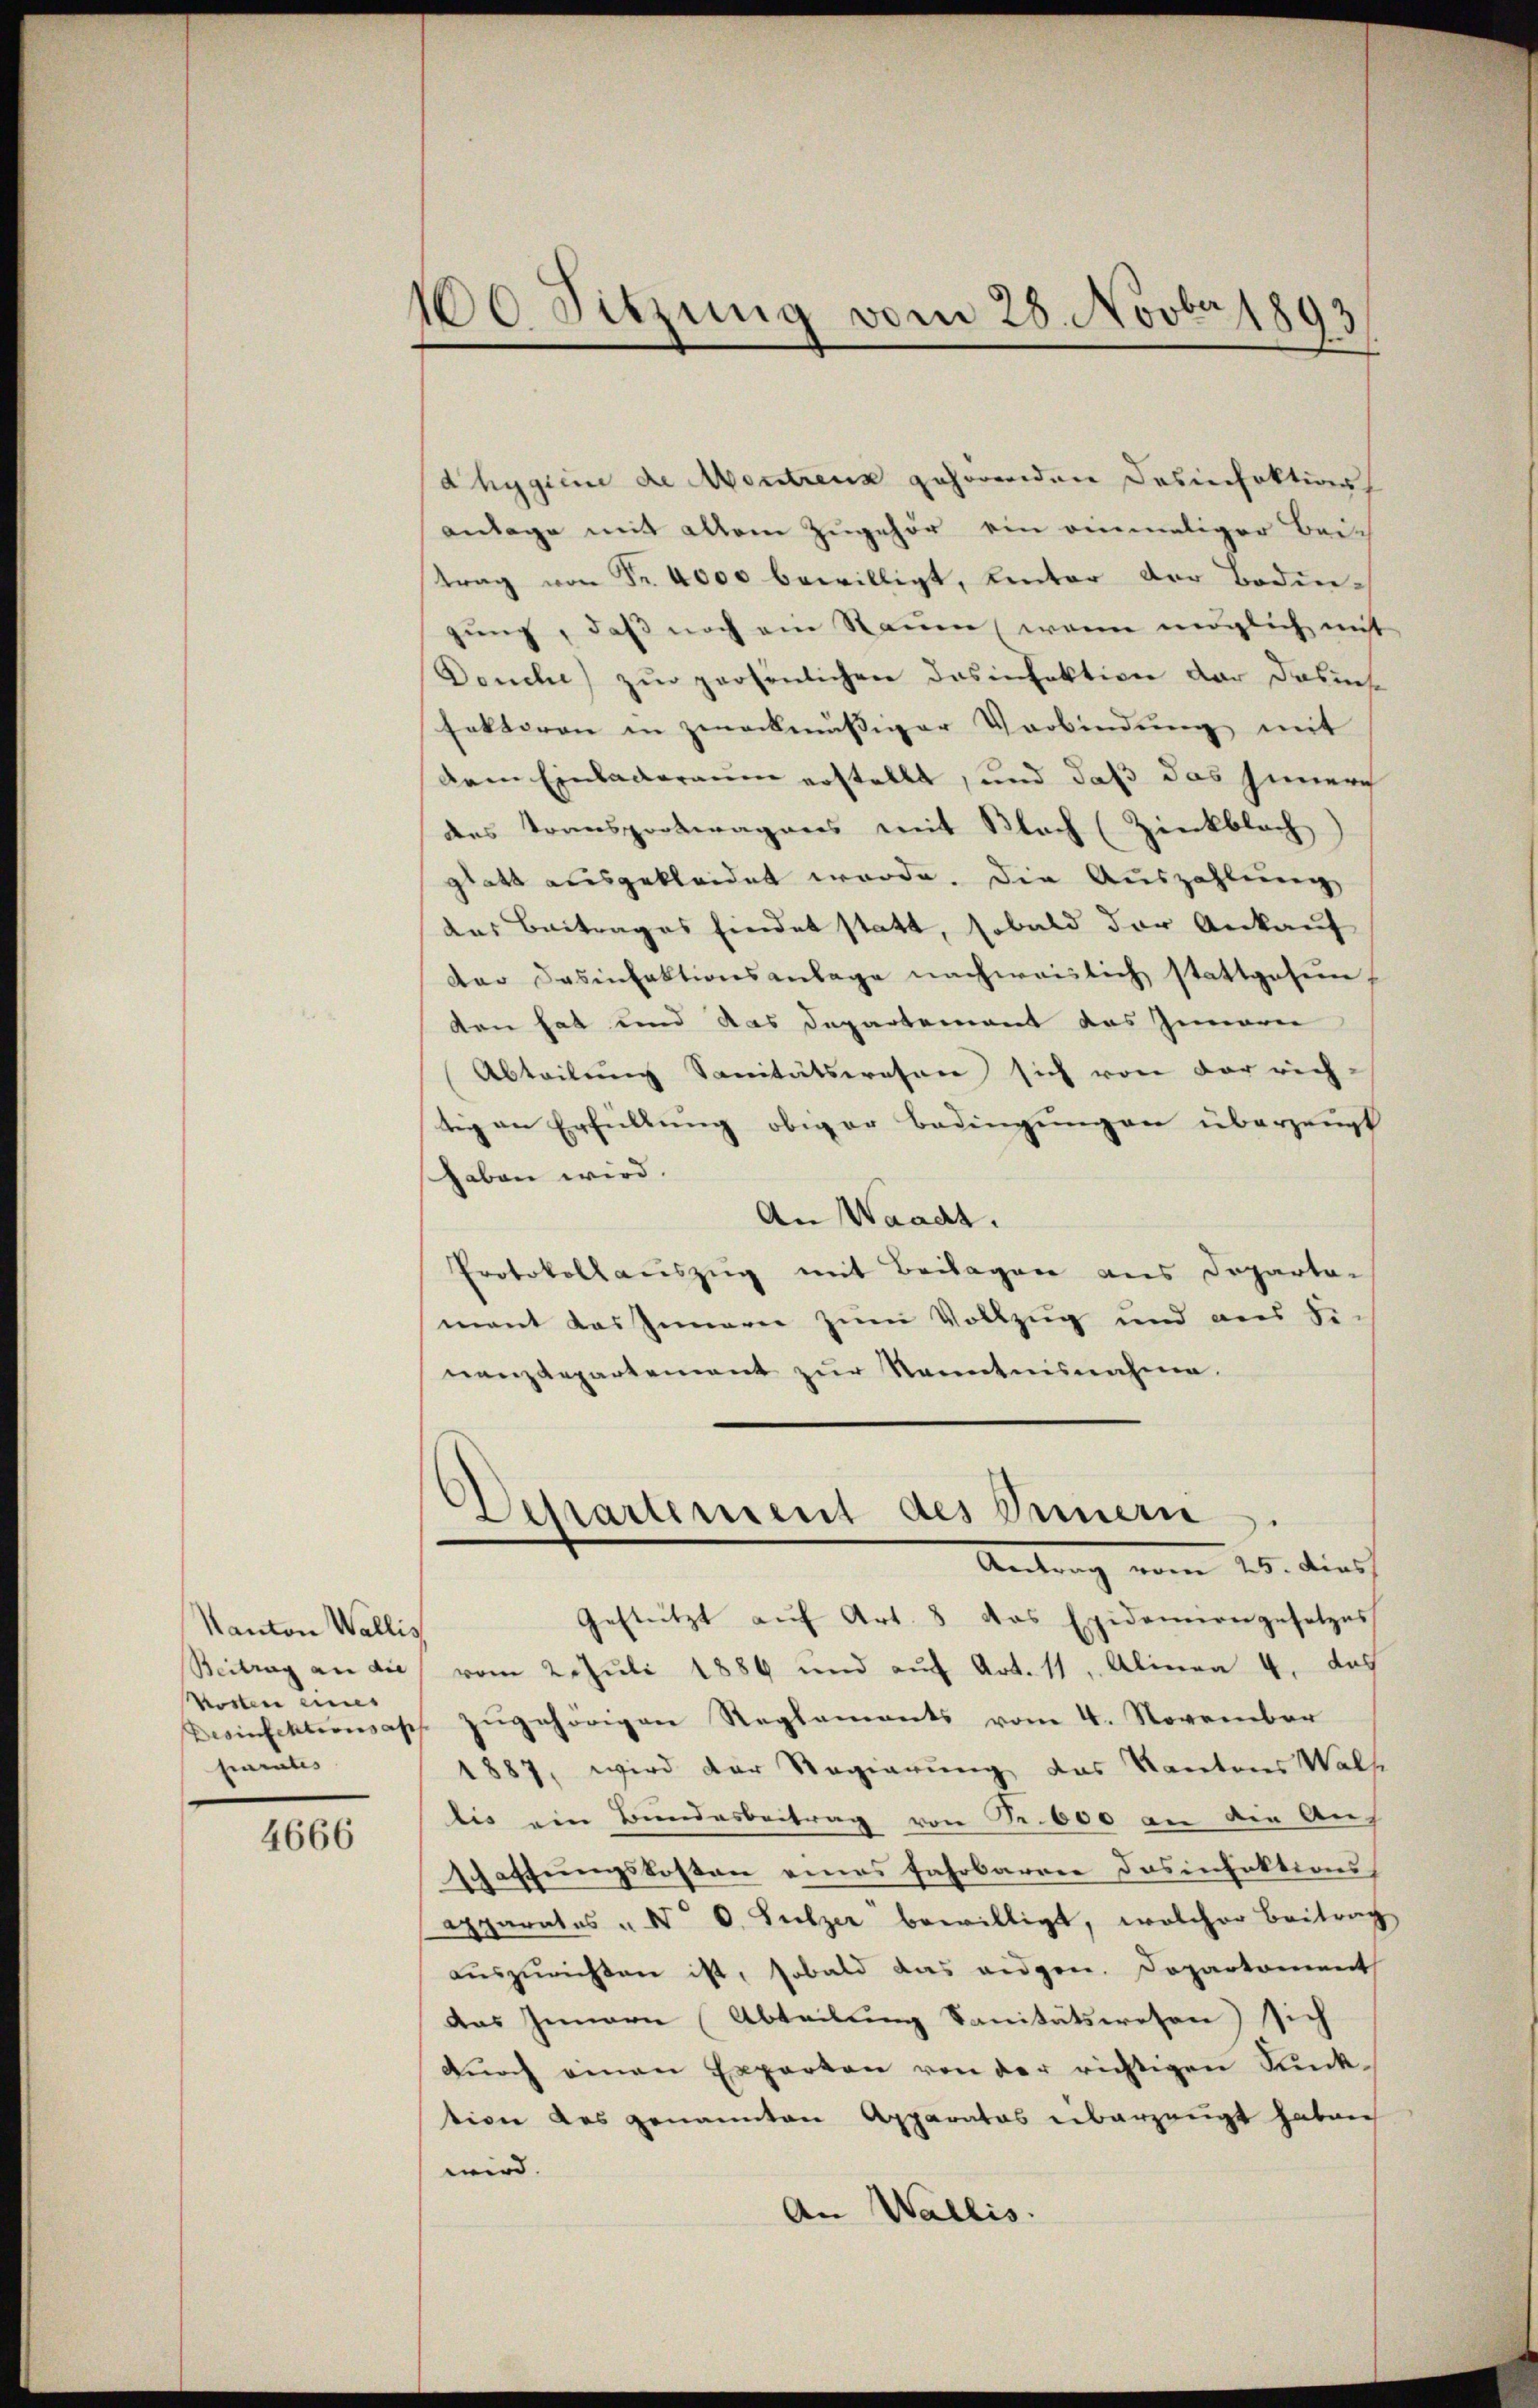
Kanton Wallis
Beitrag an die
Kosten eines
sinrates

4666

100. Sitzung vom 28. Novber 1893

dhygien de Montreuz gehörenden Desinfektions
anlage mit allem Zugehör ein einmaliger Bei-
trag von Fr. 4000 bewilligt, unter der Bodengung, daß noch ein Naum, wenn möglich mit
Deuche) zur persönlichen Dosinfektion der dasit
faktoren in zweckmäßiger Verbindung mit
dem Einladeraum erstellt, und daß das sinner
des Transportwagens mit Flach (Zinkblach
glatt ausgekleidet werde. Die Auszahlung
das Beitrages findet statt, sobald der Ankauf
dar Desinfektionsanlage nachweislich stattgesen,
ten hat und das Departement das Innern
Abteilung Sanitätswesen sich von der rich-
tig an Erfüllung obiger Bedingungen überzeugt
Gaben wird.
An Waadt.
Protokollauszug mit Beilagen aus Departemant das Innern zum Vollzug und aus Se-
nanzdepartement zur Kenntnisnahme.
Departement des Innern
Antrag vom 25. dies
Gestützt aŭf Art. 3 das Epidemiengesetzes
vom 2. Juli 1886 und auf Art. 11, Alinea 4, das
Desinfektionsass zugehörigen Reglements vom 4. November
1887, wird der Regierung das Kantons Walse
bis ein Bundesbeitrag von Fr. 600 an die Auf
schaffungskosten eines Fahrbaren Dosinfektions¬
Aparates " No 6. Sulzer bewilligt, welcher Beitrag
auszurichten ist, sobald das augen. Departement
das Innern Abteilung Sanitätswesen) sich
dŭrch einen Experten von der richtigen Pŭnk-
tion des genannten Apparatos überzeugt haben
wird. |
An Wallis.